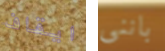
ايقاف باننى